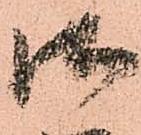
御